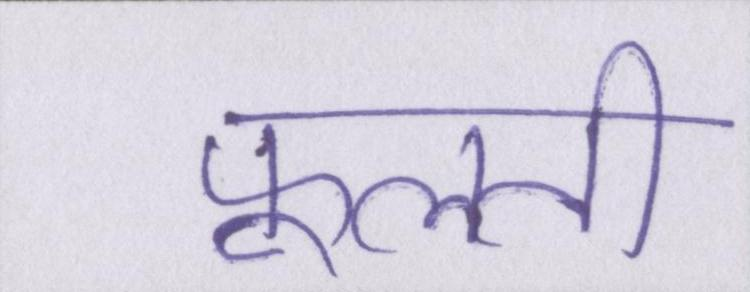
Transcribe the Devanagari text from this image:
फूलती